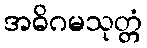
အဓိဂမသုတ္တံ